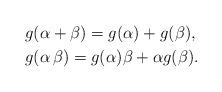
LaTeX: \begin{align*}&g(\alpha + \beta) = g(\alpha)+g(\beta), \\&g(\alpha \, \beta) = g(\alpha) \beta + \alpha g(\beta).\end{align*}